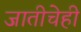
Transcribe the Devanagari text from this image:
जातीचेही